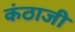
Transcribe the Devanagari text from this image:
कंठाजी